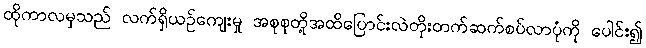
ထိုကာလမှသည် လက်ရှိယဉ်ကျေးမှု အစုစုတို့အထိပြောင်းလဲတိုးတက်ဆက်စပ်လာပုံကို ပေါင်း၍